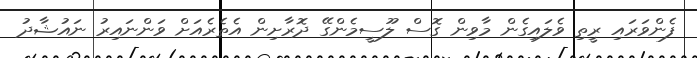
ފެންވަރައި ރީތި ވެލައިގެން މާވިން ގޮސް ލޫސީމެންގޭ ދޮރާށިން އެތެރެއަށް ވަންނައިރު ނައުޝާދު